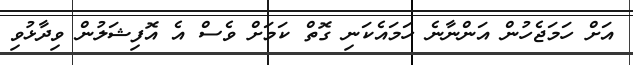
އަށް ހަމަޖެހުން އަންނާނެ ހަމައެކަނި ގޮތް ކަމަށް ވެސް އެ އޮފިޝަލުން ވިދާޅުވި